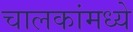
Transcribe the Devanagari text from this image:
चालकांमध्ये